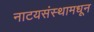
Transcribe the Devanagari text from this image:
नाटयसंस्थामधून